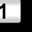
Digit: 1